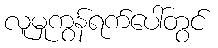
လူမှုကွန်ရက်ပေါ်တွင်